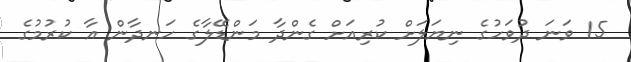
15 ވަނަ ދުވަހުގެ ނިޔަލަށް ކުރިއަށް ގެންދާ މަންޑޭލާގެ ހަނދާން އާ ކުރުމުގެ